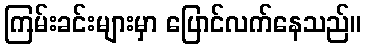
ကြမ်းခင်းများမှာ ပြောင်လက်နေသည်။